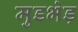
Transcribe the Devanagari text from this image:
मुडभेड़